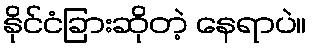
နိုင်ငံခြားဆိုတဲ့ နေရာပဲ။